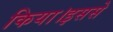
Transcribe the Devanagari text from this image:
किया।इससे